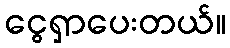
ငွေရှာပေးတယ်။